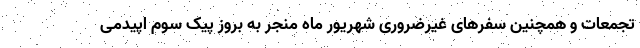
تجمعات و همچنین سفرهای غیرضروری شهریور ماه منجر به بروز پیک سوم اپیدمی